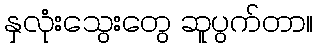
နှလုံးသွေးတွေ ဆူပွက်တာ။